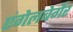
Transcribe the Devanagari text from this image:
एंगेलबेर्गेर